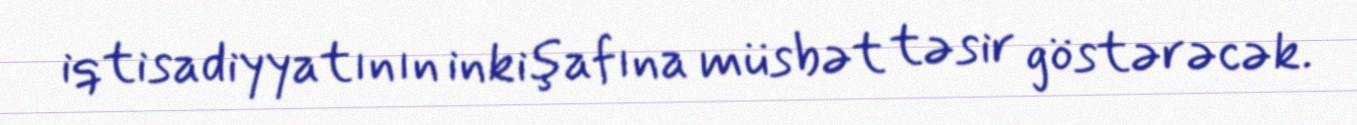
iqtisadiyyatının inkişafına müsbət təsir göstərəcək.